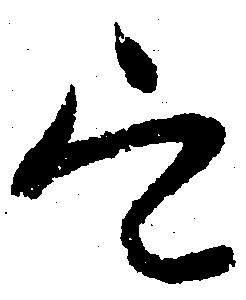
定